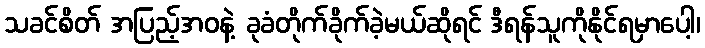
သခင်စိတ် အပြည့်အဝနဲ့ ခုခံတိုက်ခိုက်ခဲ့မယ်ဆိုရင် ဒီရန်သူကိုနိုင်ရမှာပေါ့၊